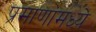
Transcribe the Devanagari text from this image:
प्रमाणांमध्ये